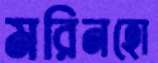
মরিনহো